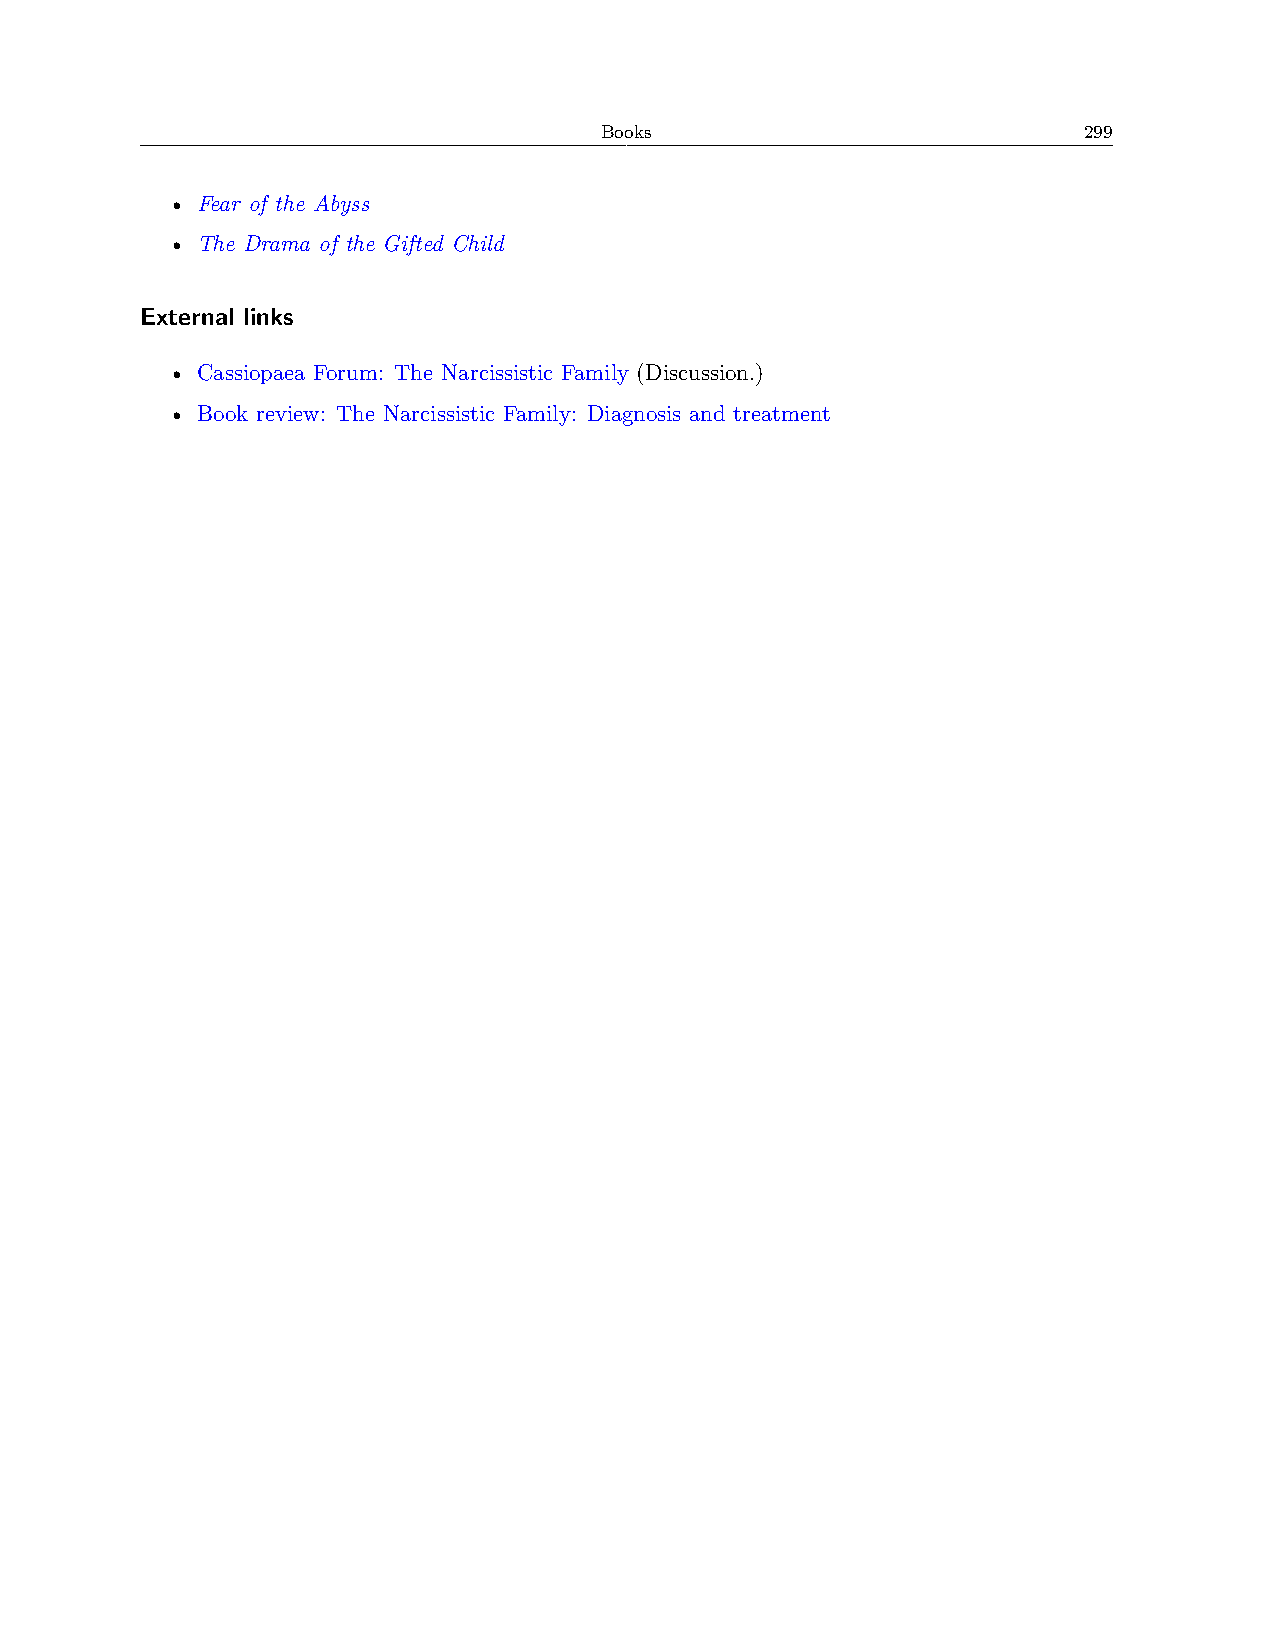
Books                           299
 • Fear of the Abyss
 • The Drama of the Gifted Child
 External links
 • Cassiopaea Forum: The Narcissistic Family (Discussion.)
 • Book review: The Narcissistic Family: Diagnosis and treatment